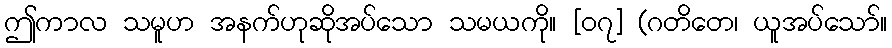
ဤကာလ သမူဟ အနက်ဟုဆိုအပ်သော သမယကို။ [၀၇] (ဂတိတေ၊ ယူအပ်သော်။